Report of the King Institute of Preventive Medicine, Guindy
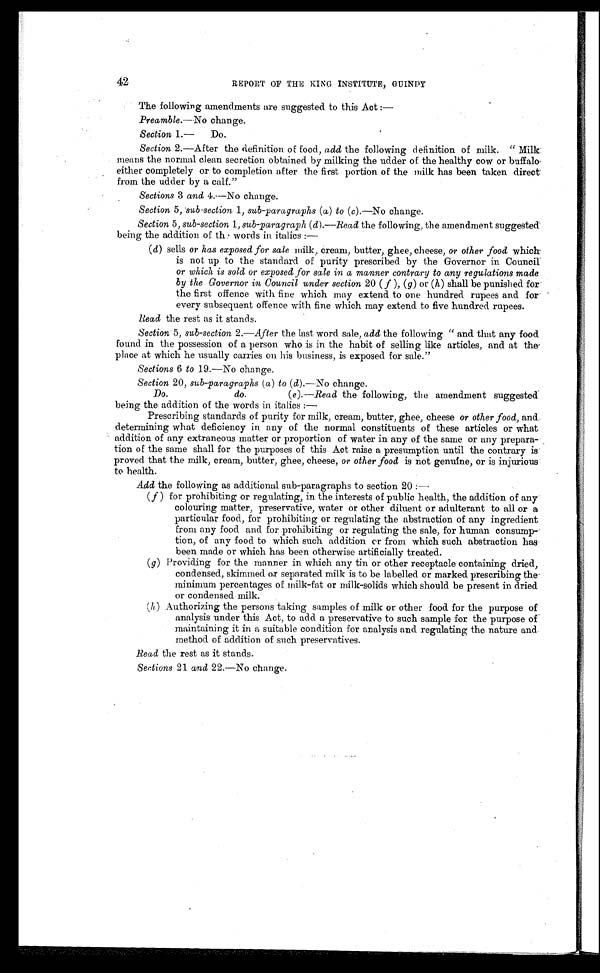
42
REPORT OF THE KING INSTITUTE, GUINDY
The following amendments are suggested to this Act
: — P r e a m b l e . —
No change.
Section 1.— Do.
Section 2.—After the definition of food, add the following definition of milk. "Milk
means the normal clean secretion obtained by milking the udder of the healthy cow or buffalo
either completely or to completion after the first portion of the milk has been taken direct
from the udder by a calf."
Sections 3 and 4.—No change.
Section 5, sub-section 1, sub-paragraphs ( a ) to ( c ) .—No change.
Section 5, sub-section 1, sub-paragraph ( d ) .—Read the following, the amendment suggested
being the addition of the words in italics :
—
( d ) sells or has exposed for sale milk, cream, butter, ghee, cheese, or other food which
is not up to the standard of purity prescribed by the Governor in Council
or which is sold or exposed for sale in a manner contrary to any regulations made
by the Governor in Council under section 20 ( f ), ( g ) or ( h ) shall be punished for
the first offence with fine which may extend to one hundred rupees and for
every subsequent offence with fine which may extend to five hundred rupees.
Read the rest as it stands.
Section 5, sub-section 2.—After the last word sale, add the following "and that any food
found in the possession of a person who is in the habit of selling like articles, and at the
place at which he usually carries on his business, is exposed for sale."
Sections 6 to 19.—No change.
Section 20, sub-paragraphs ( a ) to ( d ).—No change.
Do.
do.
( e ).—Read the following, the amendment suggested
being the addition of the words in italics :
—
Prescribing standards of purity for milk, cream, butter, ghee, cheese or other food, and
determining what deficiency in any of the normal constituents of these articles or what
addition of any extraneous matter or proportion of water in any of the same or any prepara-
tion of the same shall for the purposes of this Act raise a presumption until the contrary is
proved that the milk, cream, butter, ghee, cheese, or other food is not genuine, or is injurious
to health.
Add the following as additional sub-paragraphs to section 20 :—
( f ) for prohibiting or regulating, in the interests of public health, the addition of any
colouring matter, preservative, water or other diluent or adulterant to all or a
particular food, for prohibiting or regulating the abstraction of any ingredient
from any food and for prohibiting or regulating the sale, for human consump-
tion, of any food to which such addition or from which such abstraction has
been made or which has been otherwise artificially treated.
(g) Providing for the manner in which any tin or other receptacle containing dried,
condensed, skimmed or separated milk is to be labelled or marked prescribing the
minimum percentages of milk-fat or milk-solids which should be present in dried
or condensed milk.
(h) Authorizing the persons taking samples of milk or other food for the purpose of
analysis under this Act, to add a preservative to such sample for the purpose of
maintaining it in a suitable condition for analysis and regulating the nature and
method of addition of such preservatives.
Read the rest as it stands.
Sections 21 and 22.—No change.